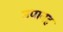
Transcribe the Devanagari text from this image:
उपानह